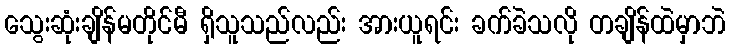
သွေးဆုံးချိန်မတိုင်မီ ရှိသူသည်လည်း အားယူရင်း ခက်ခဲသလို တချိန်ထဲမှာဘဲ